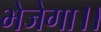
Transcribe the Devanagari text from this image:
भेजेगा।।